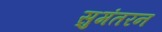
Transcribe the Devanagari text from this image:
सुमंतरन